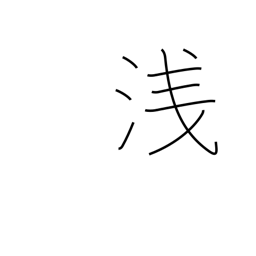
Meaning: shameful